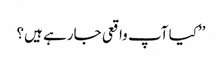
’’کیا آپ واقعی جارہے ہیں؟